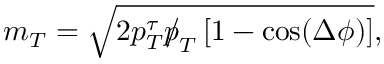
m _ { T } = \sqrt { 2 p _ { T } ^ { \tau } { p \! \! \! / } _ { T } \left[ 1 - \cos ( \Delta \phi ) \right] } ,